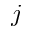
j